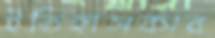
ইতিহাসকার